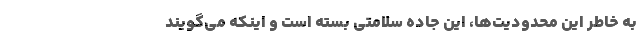
به خاطر این محدودیت‌ها، این جاده سلامتی بسته است و اینکه می‌گویند